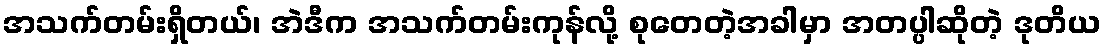
အသက်တမ်းရှိတယ်၊ အဲဒီက အသက်တမ်းကုန်လို့ စုတေတဲ့အခါမှာ အတပ္ပါဆိုတဲ့ ဒုတိယ